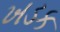
ખડક